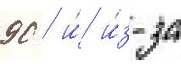
90 / и́ и́з-за